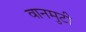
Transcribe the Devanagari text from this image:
वानमुटी